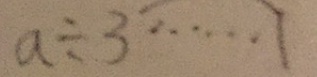
a \div 3 \cdots 1